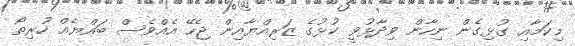
މިކަމާއި ގުޅިގެން ނިހާން ވިދާޅުވީ ކުޅުގެ ޒަރިއްޔާއިން ޖެހޭ އެއްވެސް ބައްޔެއް ހުރިތޯ